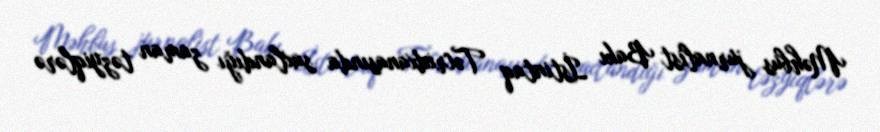
Məhbus jurnalist Bakı İstintaq Təcridxanasında saxlandığı zaman təzyiqlərə